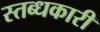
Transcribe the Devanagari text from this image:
स्‍तब्‍धकारी